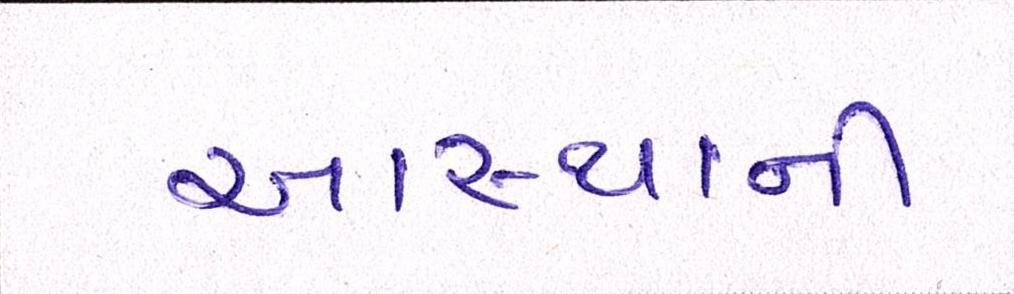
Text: આસ્થાની